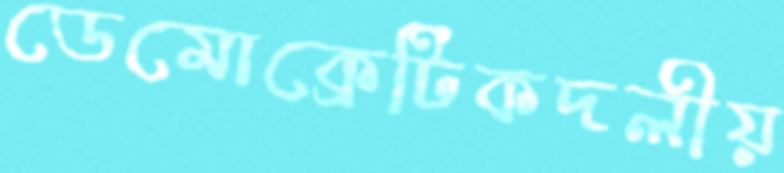
ডেমোক্রেটিকদলীয়